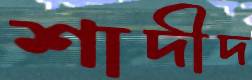
শাদীদ